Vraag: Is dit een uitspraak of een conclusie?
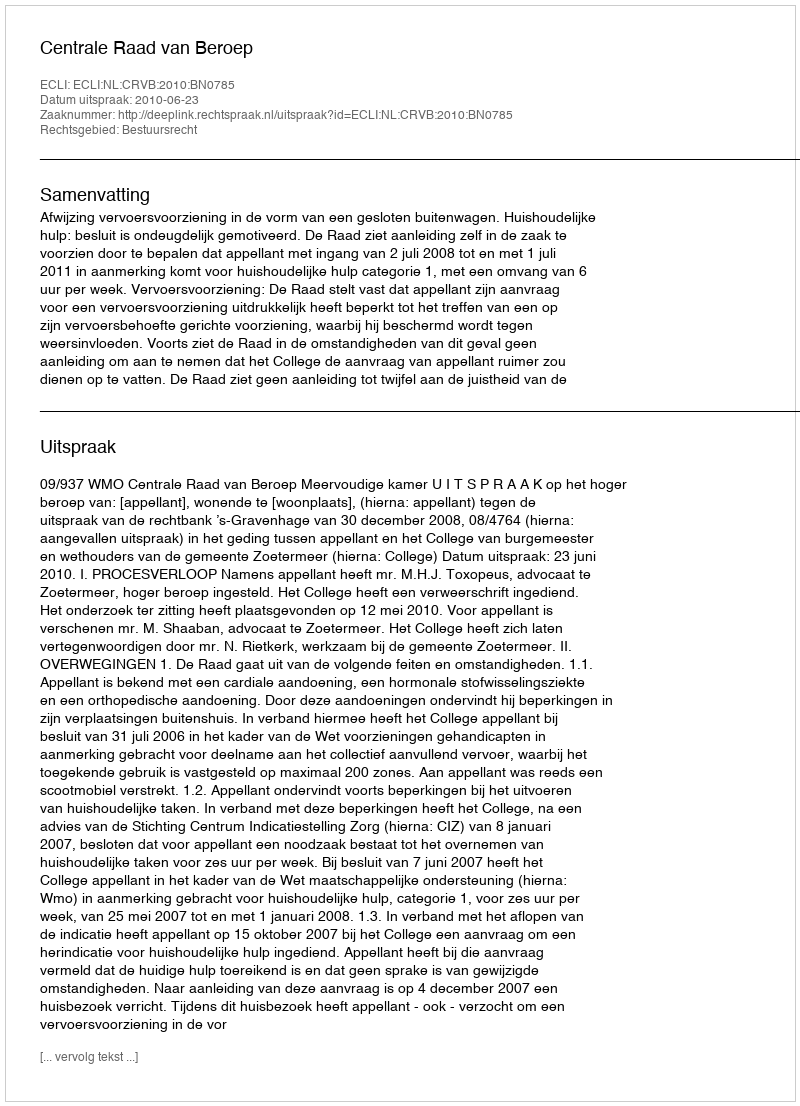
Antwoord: Uitspraak